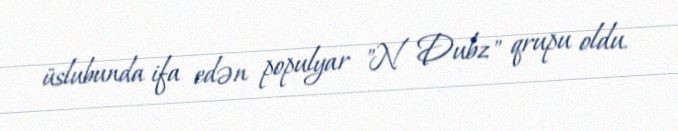
üslubunda ifa edən populyar "N Dubz" qrupu oldu.